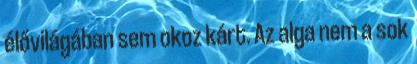
élővilágában sem okoz kárt. Az alga nem a sok